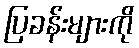
ပြခန်းများကို